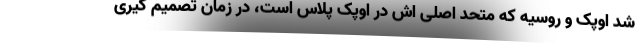
شد اوپک و روسیه که متحد اصلی اش در اوپک پلاس است، در زمان تصمیم گیری